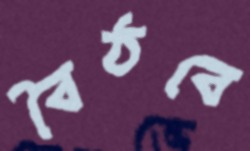
বৈঠবে